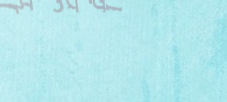
أفضل ماركات العطور النسائ